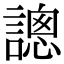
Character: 謥